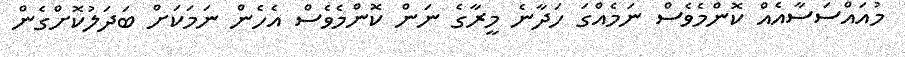
މުއައްސަސާއެއް ކޮންމެވެސް ނަމެއްގަ ހަދާނެ މީރާގެ ނަން ކޮންމެވެސް އެހެން ނަމަކަށް ބަދަލުކޮށްގެން